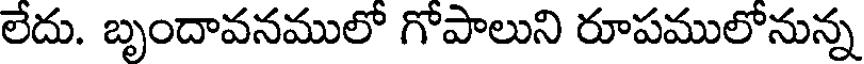
లేదు. బృందావనములో గోపాలుని రూపములోనున్న